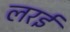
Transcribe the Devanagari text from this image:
लरई